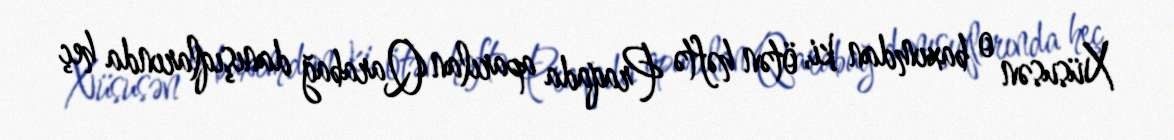
Xüsusən o baxımdan ki, ötən həftə Praqada aparılan Qarabağ danışıqlarında heç